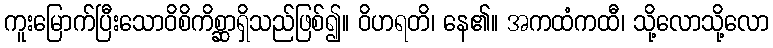
ကူးမြောက်ပြီးသောဝိစိကိစ္ဆာရှိသည်ဖြစ်၍။ ဝိဟရတိ၊ နေ၏။ အကထံကထီ၊ သို့လောသို့လော